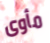
مأوى